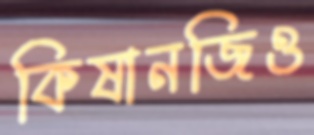
কিষানজিও